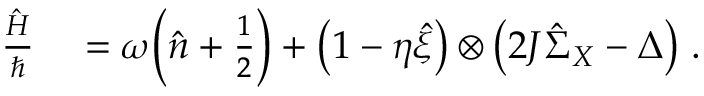
\begin{array} { r l } { \frac { \hat { H } } { \hbar } } & { { } = \omega \Big ( \hat { n } + \frac 1 2 \Big ) + \big ( 1 - \eta \hat { \xi } \big ) \otimes \big ( 2 J \hat { \Sigma } _ { X } - \Delta \big ) \; . } \end{array}